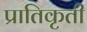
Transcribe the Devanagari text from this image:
प्रातिकृती